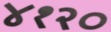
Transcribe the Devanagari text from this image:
४१२०